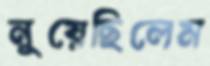
নুয়েছিলেম